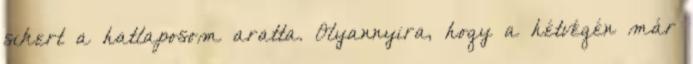
sikert a hatlaposom aratta. Olyannyira, hogy a hétvégén már